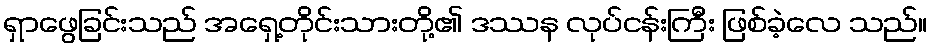
ရှာဖွေခြင်းသည် အရှေ့တိုင်းသားတို့၏ ဒဿန လုပ်ငန်းကြီး ဖြစ်ခဲ့လေ သည်။